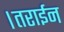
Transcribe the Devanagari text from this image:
।तराईन